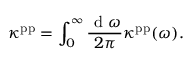
\kappa ^ { \mathrm { p p } } = \int _ { 0 } ^ { \infty } \frac { \mathrm { ~ d ~ } \omega } { 2 \pi } \kappa ^ { \mathrm { p p } } ( \omega ) .